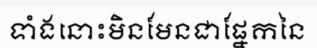
ទាំងនោះមិនមែនជាផ្នែកនៃ